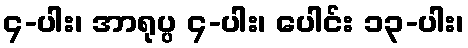
၄-ပါး၊ အာရုပ္ပ ၄-ပါး၊ ပေါင်း ၁၃-ပါး၊